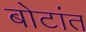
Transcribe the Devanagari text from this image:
बोटांत